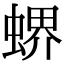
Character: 𧎁